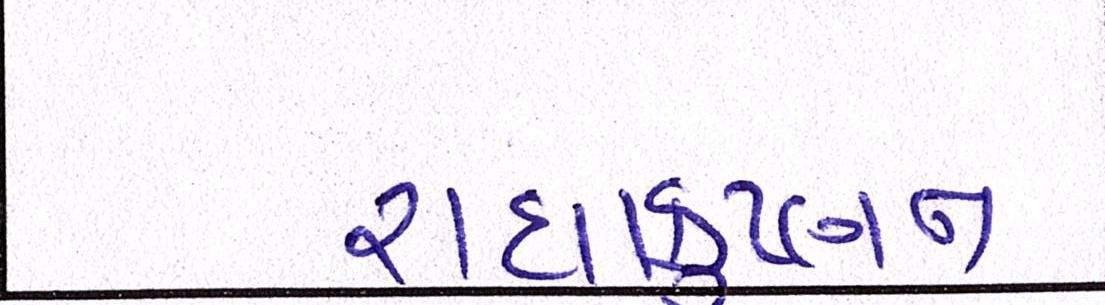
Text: રાધાકૃષ્ણન